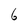
Character: 6